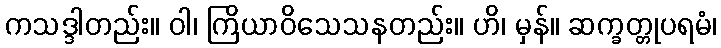
ကသဒ္ဒါတည်း။ ဝါ၊ ကြိယာဝိသေသနတည်း။ ဟိ၊ မှန်။ ဆက္ခတ္တုပရမံ၊